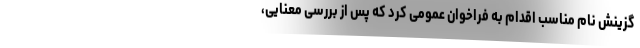
گزینش نام مناسب اقدام به فراخوان عمومی کرد که پس از بررسی معنایی،